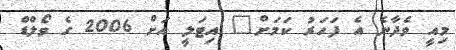
މިއީ ވެދާނެ އެ ފަހަރު ކަމަށް" އިޓަލީ އަށް 2006 ގެ ވޯލްޑް